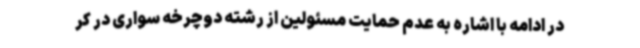
در ادامه با اشاره به عدم حمایت مسئولین از رشته دوچرخه سواری در کر